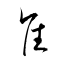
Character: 隹